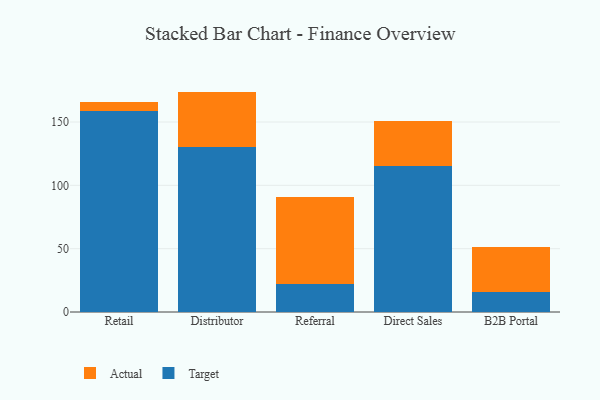
{"axis": {"x": "Channel", "y": "Production Output"}, "legend": ["Actual", "Target"], "data": [{"x": "Retail", "y": 158.9, "type": "Target"}, {"x": "Retail", "y": 7.0, "type": "Actual"}, {"x": "Distributor", "y": 130.3, "type": "Target"}, {"x": "Distributor", "y": 43.7, "type": "Actual"}, {"x": "Referral", "y": 22.4, "type": "Target"}, {"x": "Referral", "y": 68.2, "type": "Actual"}, {"x": "Direct Sales", "y": 115.0, "type": "Target"}, {"x": "Direct Sales", "y": 35.4, "type": "Actual"}, {"x": "B2B Portal", "y": 16.0, "type": "Target"}, {"x": "B2B Portal", "y": 35.5, "type": "Actual"}]}